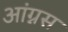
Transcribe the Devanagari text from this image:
आंग्नस